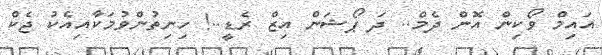
އައިމް ވޯކިން އޮން ދެމް.. ދަ ޕޯޝަން އިޒް ރެޑީ..! ހިނިތުންވުމަކާއިއެކު ޖެކް